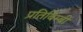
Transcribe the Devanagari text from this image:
प्रतिबिम्बी